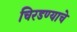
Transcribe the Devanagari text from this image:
चिरडण्‍याचे